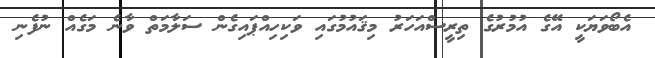
އެބޯވަޔަކީ އޭގެ އުމުރުގެ ތިރީސްއަހަރު މިޤައުމުގައި ވަކިހިއްޕައިގެން ސަލާމަތް ވާނެ މަގެއް ނުފެނި